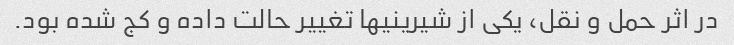
در اثر حمل و نقل، یکی از شیرینیها تغییر حالت داده و کج شده بود.